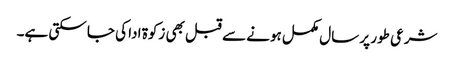
شرعی طور پر سال مکمل ہونے سے قبل بھی زکوۃ ادا کی جا سکتی ہے۔